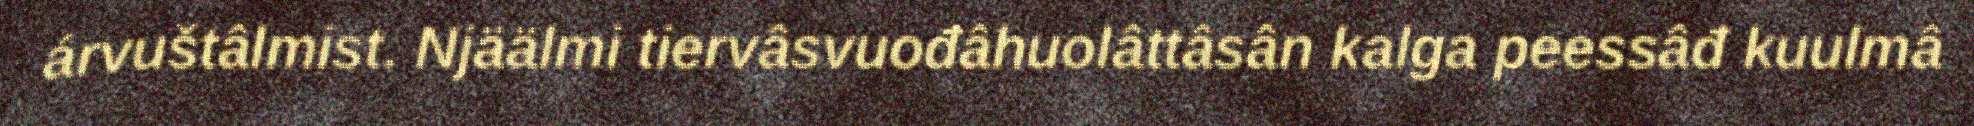
árvuštâlmist. Njäälmi tiervâsvuođâhuolâttâsân kalga peessâđ kuulmâ